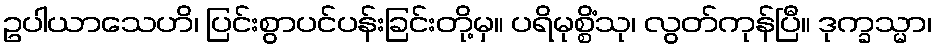
ဥပါယာသေဟိ၊ ပြင်းစွာပင်ပန်းခြင်းတို့မှ။ ပရိမုစ္စိံသု၊ လွတ်ကုန်ပြီ။ ဒုက္ခသ္မာ၊